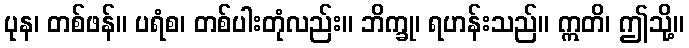
ပုန၊ တစ်ဖန်။ ပရံစ၊ တစ်ပါးတုံလည်း။ ဘိက္ခု၊ ရဟန်းသည်။ ဣတိ၊ ဤသို့။